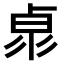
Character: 𠧻